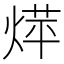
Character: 𮳰